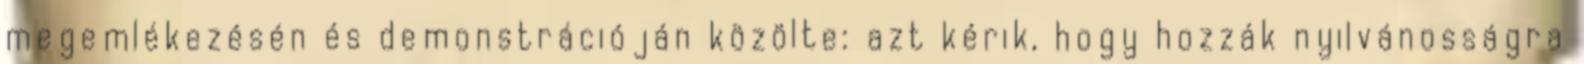
megemlékezésén és demonstrációján közölte: azt kérik, hogy hozzák nyilvánosságra